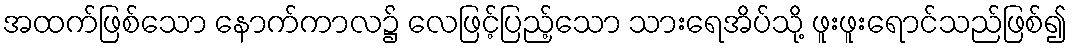
အထက်ဖြစ်သော နောက်ကာလ၌ လေဖြင့်ပြည့်သော သားရေအိပ်သို့ ဖူးဖူးရောင်သည်ဖြစ်၍